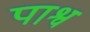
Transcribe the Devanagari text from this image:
पाश्व